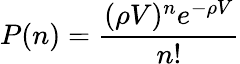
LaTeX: P(n)={\frac{(\rho V)^{n}e^{-\rho V}}{n!}}